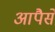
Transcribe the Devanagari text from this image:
आपैसे